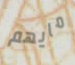
مايهم